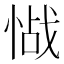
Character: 𱞰